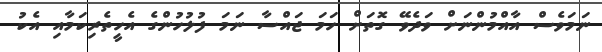
ނަމަވެސް އާއްމުންނަށް ވަދެވޭ ގޮތަށް ހަމަ ޖައްސާ ނަމަ ފުލުހުންގެ އެހީތެރިކަމާއި އެކު